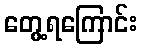
တွေ့ရကြောင်း